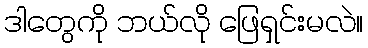
ဒါတွေကို ဘယ်လို ဖြေရှင်းမလဲ။